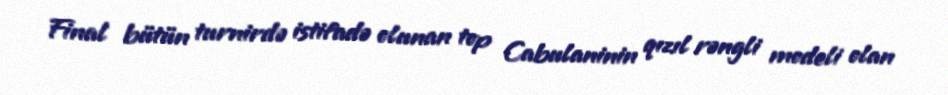
Final bütün turnirdə istifadə olunan top Cabulaninin qızıl rəngli modeli olan